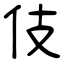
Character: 伎